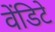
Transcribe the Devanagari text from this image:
वेंडिटे